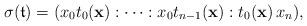
LaTeX: \begin{align*}\sigma(\mathfrak{t})=(x_0t_0({\mathbf x}):\dots:x_0t_{n-1}({\mathbf x}):t_0({\mathbf x})\,x_n),\end{align*}